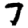
Digit: 7